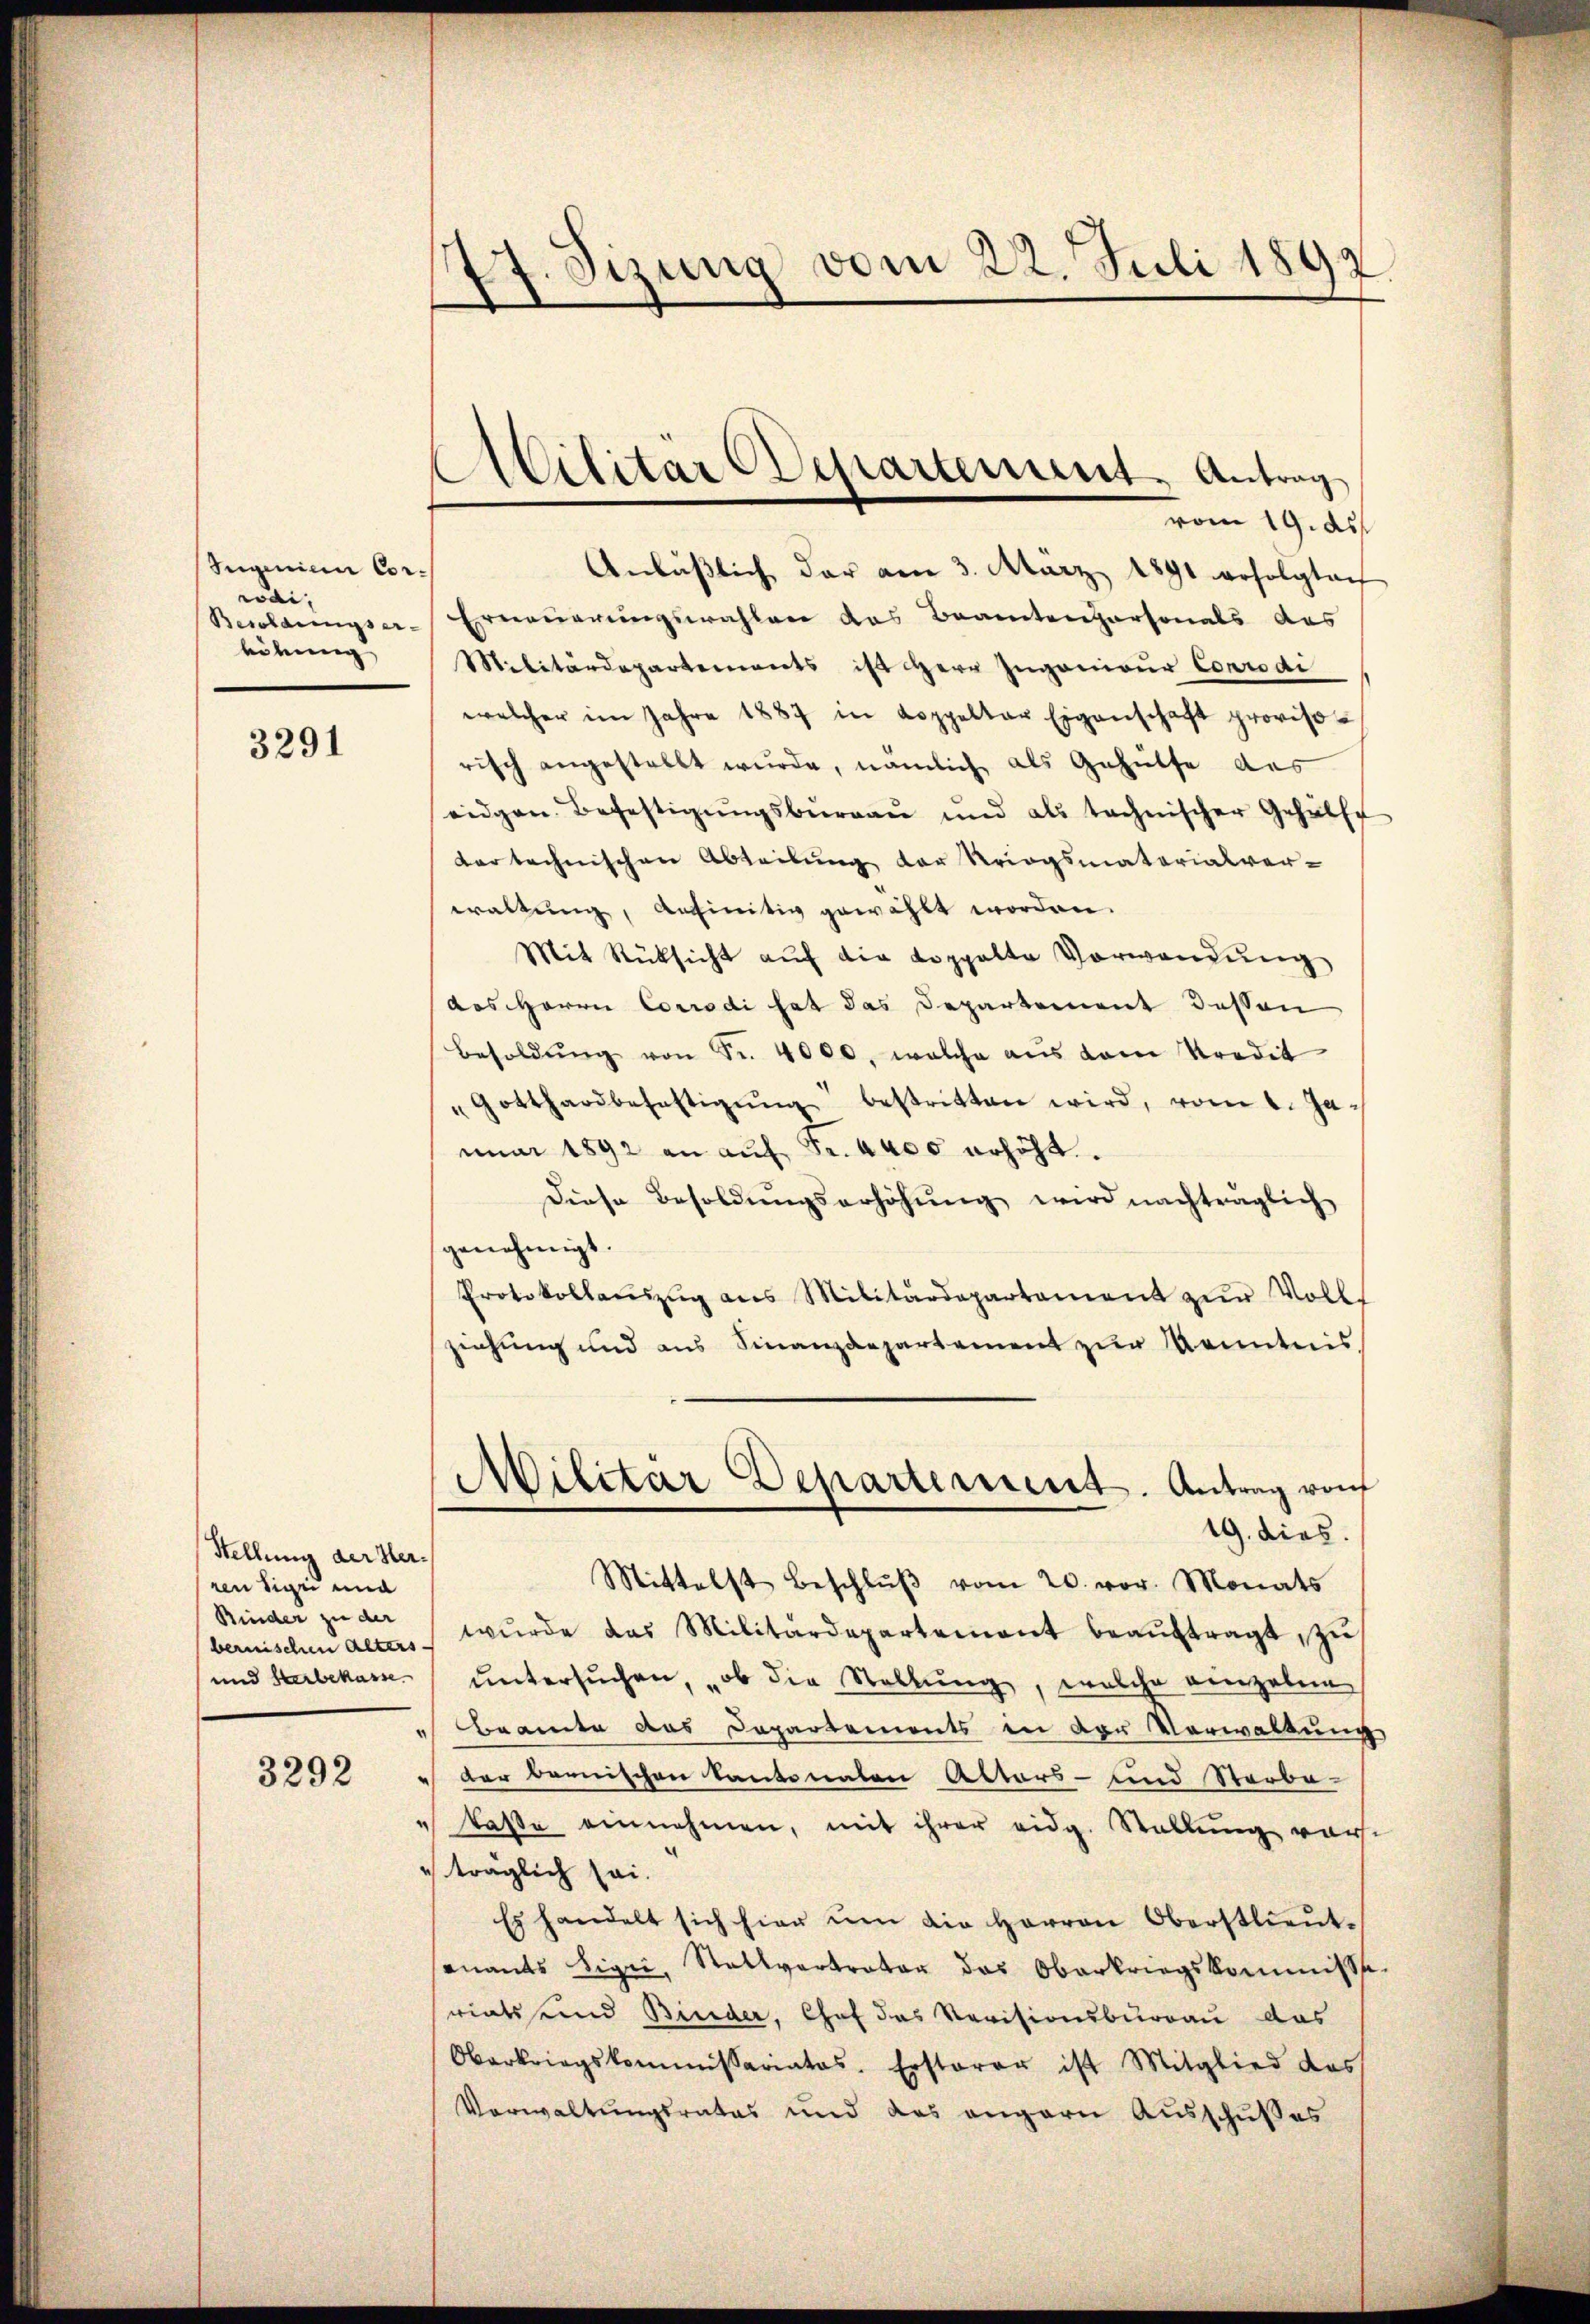
Jugenien Corwai,
höhung

3291

Stellung der Herren Sige und
Binder zu der
und Herbekasse.

3292

77. Sizung vom 22. Juli 1892.

Militär Crepartement. Antrag
vom 19. ds

Anläβlich der am 3. März 1891 erfolgten
Besoldungser-Erneuerungswahlen das Beamtenpersonals das
Militärdepartements ist Herr Ingenieur Corrodi
welcher im Jahre 1887 in Koppelter Eigenschaft provisorisch angestellt wurde, nämlich als Gehülfe des
eidgen. Befestigŭngsbŭrgaŭ und als technischer Gehülfe
dar technischen Abteilung der Kriegsmaterialver-
waltung, anfinitiv gewählt worden.
Mit Rücksicht aŭf die Koppelte Vorwandŭng
aus Herrn Corrodi hat das Departement dessen
Besoldŭng von Fr. 4000. welche aus dem Kredit
"Gotthardbefettigŭng bestritten wird, vom 1. Januar 1892 an auf Fr. 4400 erhöht.
Diese Besoldŭngserhöhŭng wird nachträglich
genehmigt.
Protokollaŭszŭg ans Militärdepartament zŭr Voll-
ziehung und aus Finanzdepartement zur Kenntnis
)
Militar Departerient. Antrag von
19. dies.
Mittelst Beschlŭβ vom 20. vor. Monats
bernischen alter wurde das Militärdepartement beaŭftragt, zu
untersuchen, ob die Stellung, welche einzelen
Beamte das Departements in der Verwaltung
" der bernischen Kantonaten Altors- und Sterbe-
" Caße einnehmen, mit ihrer eidg. Stellung vorträglich sei.
Es handelt sich hier um die Herren Oberstlieutonants Sigri, Stallvertrator das Oberkriegskommissiriats und Binder, Chef das Revisionsbureau das
Oberkriegskommissariates. Ersterer ist Mitglied des
Verwaltungsrates und das angern Ausschußes